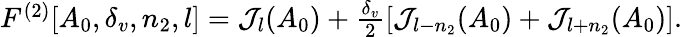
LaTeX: \begin{array}{r}{F^{(2)}[A_{0},\delta_{v},n_{2},l]=\mathcal{J}_{l}(A_{0})+\frac{\delta_{v}}{2}[\mathcal{J}_{l-n_{2}}(A_{0})+\mathcal{J}_{l+n_{2}}(A_{0})].}\end{array}